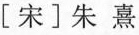
[宋]朱熹